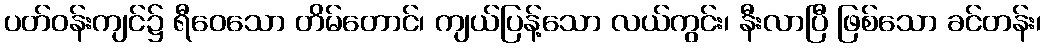
ပတ်ဝန်းကျင်၌ ရီဝေသော တိမ်တောင်၊ ကျယ်ပြန့်သော လယ်ကွင်း၊ နီးလာပြီ ဖြစ်သော ခင်တန်း၊